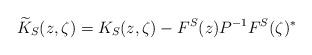
LaTeX: \begin{align*}\widetilde{K}_S(z,\zeta)= K_S(z,\zeta)-F^S(z)P^{-1}F^S(\zeta)^*\end{align*}